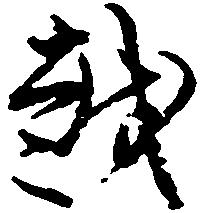
越